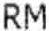
RM